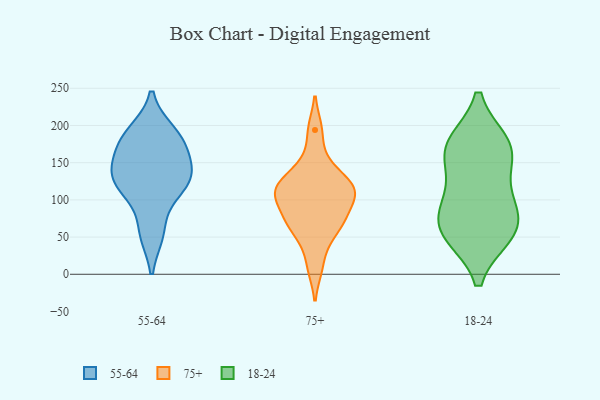
{"axis": {"x": "Demand Index", "y": "Value"}, "legend": ["18-24", "55-64", "75+"], "data": [{"x": "", "y": 131, "type": "55-64"}, {"x": "", "y": 191, "type": "55-64"}, {"x": "", "y": 123, "type": "55-64"}, {"x": "", "y": 55, "type": "55-64"}, {"x": "", "y": 137, "type": "55-64"}, {"x": "", "y": 107, "type": "55-64"}, {"x": "", "y": 56, "type": "55-64"}, {"x": "", "y": 177, "type": "55-64"}, {"x": "", "y": 191, "type": "55-64"}, {"x": "", "y": 143, "type": "55-64"}, {"x": "", "y": 176, "type": "55-64"}, {"x": "", "y": 168, "type": "55-64"}, {"x": "", "y": 117, "type": "55-64"}, {"x": "", "y": 133, "type": "55-64"}, {"x": "", "y": 75, "type": "75+"}, {"x": "", "y": 10, "type": "75+"}, {"x": "", "y": 127, "type": "75+"}, {"x": "", "y": 107, "type": "75+"}, {"x": "", "y": 118, "type": "75+"}, {"x": "", "y": 67, "type": "75+"}, {"x": "", "y": 194, "type": "75+"}, {"x": "", "y": 115, "type": "75+"}, {"x": "", "y": 112, "type": "75+"}, {"x": "", "y": 74, "type": "75+"}, {"x": "", "y": 150, "type": "75+"}, {"x": "", "y": 100, "type": "75+"}, {"x": "", "y": 49, "type": "75+"}, {"x": "", "y": 57, "type": "18-24"}, {"x": "", "y": 175, "type": "18-24"}, {"x": "", "y": 167, "type": "18-24"}, {"x": "", "y": 54, "type": "18-24"}, {"x": "", "y": 102, "type": "18-24"}, {"x": "", "y": 174, "type": "18-24"}, {"x": "", "y": 102, "type": "18-24"}, {"x": "", "y": 56, "type": "18-24"}, {"x": "", "y": 157, "type": "18-24"}, {"x": "", "y": 72, "type": "18-24"}]}